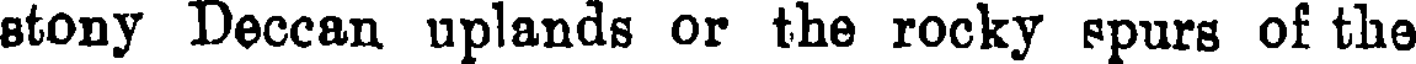
stony Deccan uplands or the rocky spurs of the